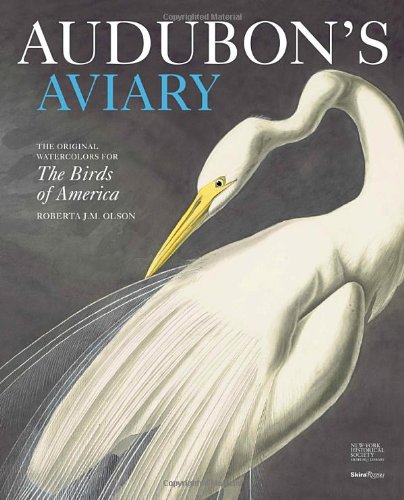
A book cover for Audubon's Aviary: The Original Watercolors for The Birds of America; Roberta Olson; Science & Math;